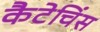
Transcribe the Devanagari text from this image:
कैटेचिंस